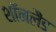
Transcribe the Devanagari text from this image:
शॉनलैंड